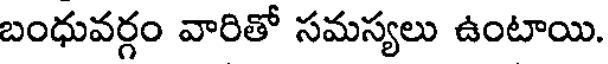
బంధువర్గం వారితో సమస్యలు ఉంటాయి.